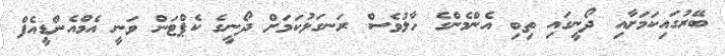
ބޭރުގައިކަަމަށާއި ދޯނީގައި ތިބި އެންމެންގެ ހާލުވެސް ރަނގަޅުކަމަށް ދޯނީގެ ކެޕްޓަން ވަނީ އެމްއެންޑީއެފް